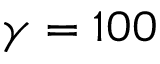
\gamma = 1 0 0